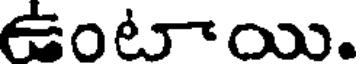
ఉంటాయి.